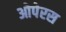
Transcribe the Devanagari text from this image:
ओपेरस